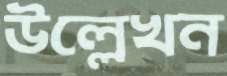
উল্লেখন